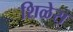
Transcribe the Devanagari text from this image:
शिळेस